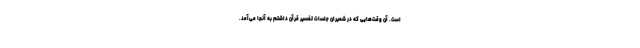
است. آن وقت‌هایی که در شمیران جلسات تفسیر قرآن داشتم به آنجا می‌آمد.